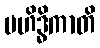
မဟိဒ္ဓိကာတိ